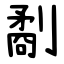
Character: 劀